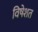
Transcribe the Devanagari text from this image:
विषेशत